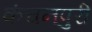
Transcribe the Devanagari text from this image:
कंचनपुरी